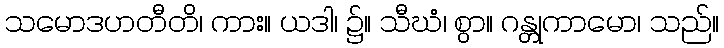
သမောဒဟတီတိ၊ ကား။ ယဒါ၊ ၌။ သီဃံ၊ စွာ။ ဂန္တုကာမော၊ သည်။